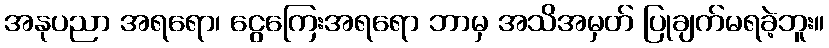
အနုပညာ အရရော၊ ငွေကြေးအရရော ဘာမှ အသိအမှတ် ပြုချက်မရခဲ့ဘူး။